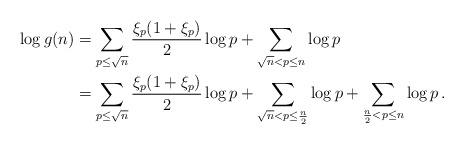
LaTeX: \begin{align*}\log g(n) &= \sum_{p\leq \sqrt{n}} {\frac{\xi_{p}(1+\xi_{p})}{2}} \log p + \sum_{\sqrt{n} < p\leq n} \log p \\&= \sum_{p\leq \sqrt{n}} {\frac{\xi_{p}(1+\xi_{p})}{2}} \log p + \sum_{\sqrt{n} < p\leq \frac{n}{2}} \log p + \sum_{\frac{n}{2} < p\leq n} \log p\,.\end{align*}